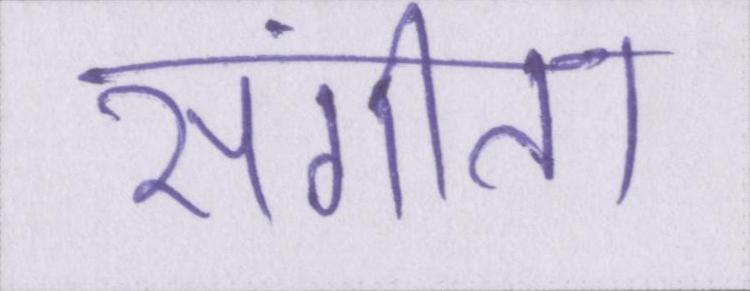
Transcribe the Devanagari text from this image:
संगीता